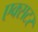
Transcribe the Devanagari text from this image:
एक्सटर